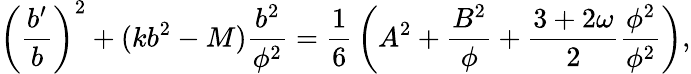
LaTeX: \left({\frac{b^{\prime}}{b}}\right)^{2}+(kb^{2}-M){\frac{b^{2}}{\phi^{2}}}={\frac{1}{6}}\left(A^{2}+{\frac{B^{2}}{\phi}}+{\frac{3+2\omega}{2}}{\frac{\phi^{2}}{\phi^{2}}}\right),